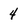
Character: 4